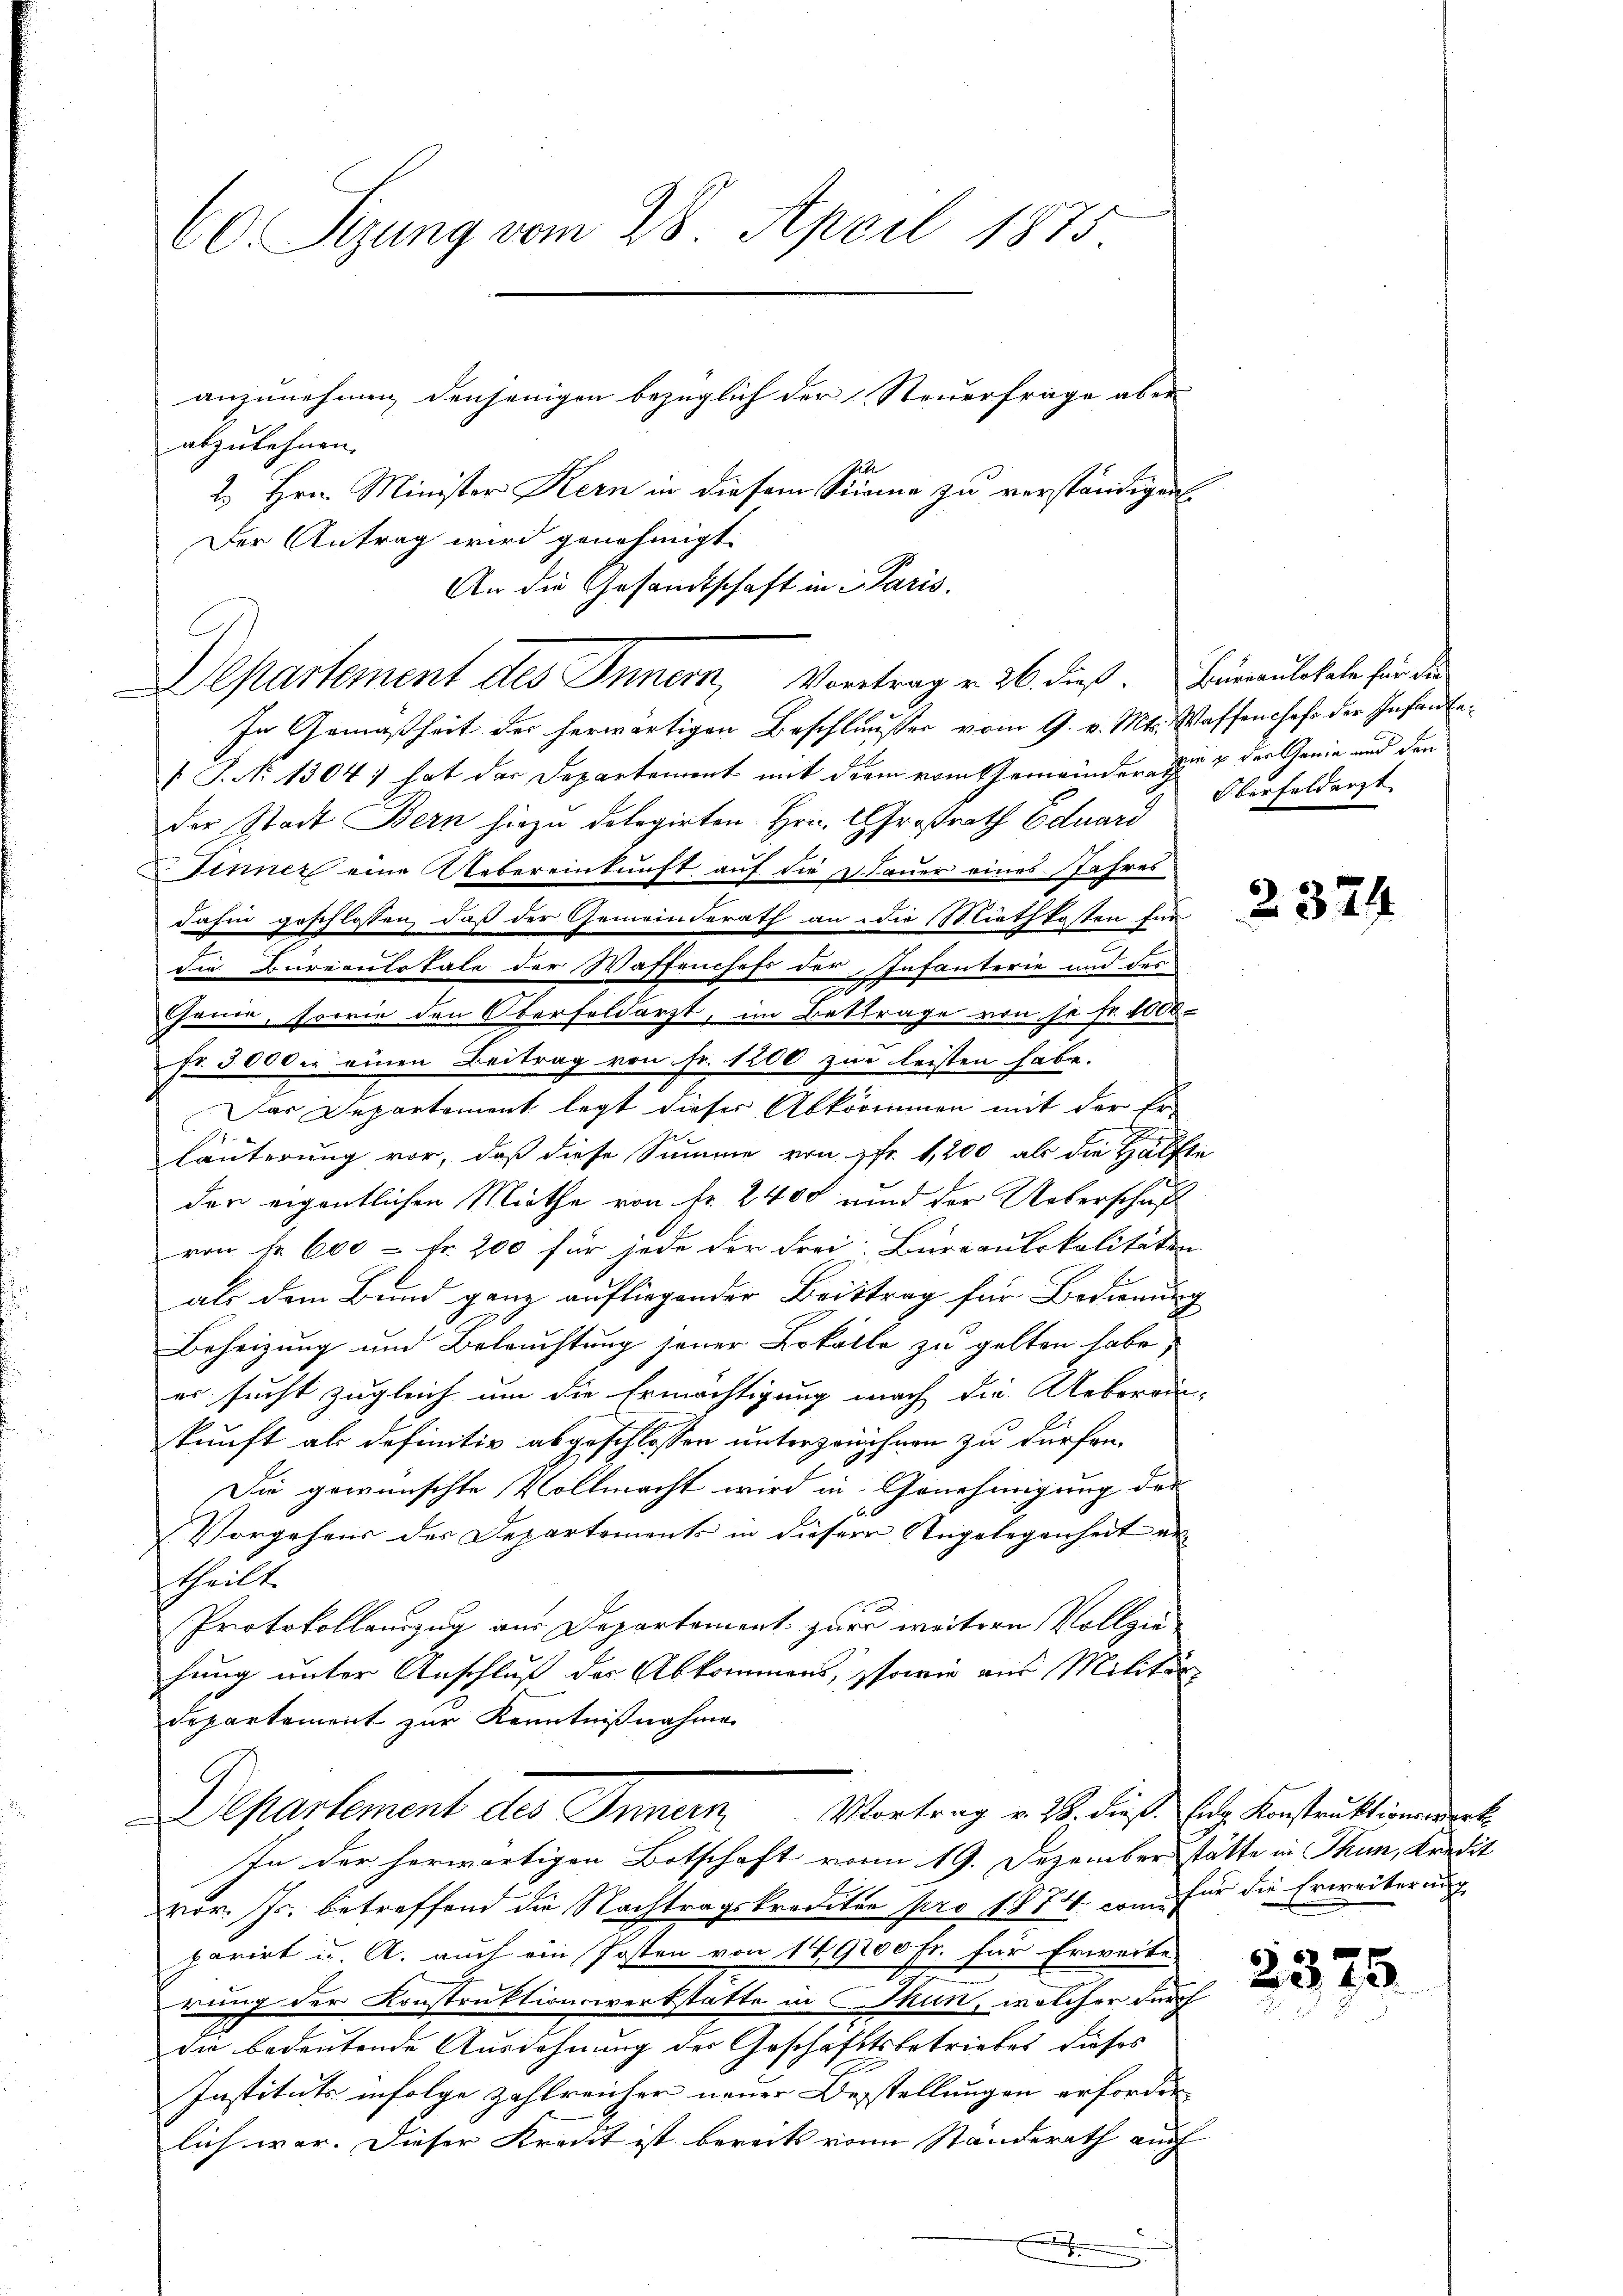
C0. Sizung vom 28. April 1875.
anzunehmen, denjenigen bezüglich der Steuerfrage aber

abzulehnen.
2. Hrn. Minister Kern in diesem Summe zu verständigen.
Der Antrag wird genehmigt.
An die Gesandtschaft in in Paris.
Departement des Innern, Vortrag v. 26. dieß. Brünaulokale für die
In Gemäßheit der herwärtigen Beschlusses vom 9. v. Mts. Waffenshofe der Infante¬
 P. No 1304; hat der Departement mit der vom Gemeinderen u der Genie und den
der Stadt Bern hiezu delegirten Hrn. Großrath Eduard
Sinner eine Uebereinkunft auf die Lauer eines Jahresdahin geschlossen, daß der Gemeinderath an die Miethkosten für
die Bureaulokale der Waffenchefs der Infanterie und des
u
Ganie, sowie den Oberfeldarzt, im Bettrage von so fr. 1000
fr. 5000. einen Beitrag von Fr. 1200 zur leisten habe.
Das Departement legt dieser Abkommen mit der Er-
Läuterung vor, daß diese Summe von 1fr. 1,200 als die Hälfte
den eigentlichen Miethe von fr. 2400 und der Ueberschaft
von 1 600 - Fr. 200 für jede der Frei-Bureaulokalitäten
als dem Bund ganz aufliegender Beistrag für Bedienung
Beheizung und Beleuchtung jener Lokolle zu gelten habe;
er sucht zugleich um die Ermächtigung nach die Ueberein-
kunft als definitiv abgeschlossen unterzeichnen zu dürfen.
Die gewünschte Vollmacht wird in Genehmigung der
Vorgehens der Departements in dieser Angelegenheit an
theilt.
Protokollauszug aus Departement zur weitere Vollziehung unter Anschluß der Abkommens, sowie aus Militär
departement zur Kenntnißnahmen
Departement des Innern, Vortrag v. 18. dieß setze Konstruktinendert
In der herwärtigen Botschaft vom 19. Dezember stätte in Thun, Kredit
vor. Js. betreffend die Nachtragskrediten pro 1874 kann für die Erweiterung
parirt u. A. auch ein Posten von 149200 Fr. für Erweite
rung der Konstruktionswerkstatte in Thun, welcher durch
die bedeutende Ausdehnung des Geschäftsbetriebes dieses
Instituts infolge zahlreicher neuer Bestellungen erforderlich war. Dieser Kredit ist bereits von Standerath auch |

Oberfeldarzt

2374

2375